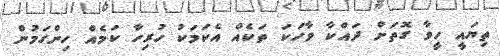
ތިޔައީ ހީވާ ގޮތަށް ދައްކާ ވާހަކަ ތަކެއް އެކަމަކު ހުރިހާ ކަމެއް ހިންގަމުން